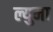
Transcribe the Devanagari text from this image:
ल्युमा